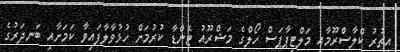
އިތުރު ކްލާސްރޫމާއި މަލްޓިޕާޕަސް ހޯލްގެ މަޝްރޫއު ޓެންޑާ ކުރުމަށް ހުޅުވާލާފައިވާ ކަމަށާއި ބަނދަރުގެ